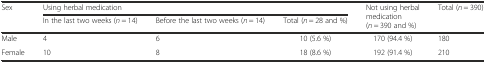
<table><thead><tr><td rowspan="2"><b>Sex</b></td><td colspan="3"><b>Using herbal medication</b></td><td rowspan="2"><b>Not using herbal medication (<i>n</i> = 390 and %)</b></td><td rowspan="2"><b>Total (<i>n</i> = 390)</b></td></tr><tr><td><b>In the last two weeks (<i>n</i> = 14)</b></td><td><b>Before the last two weeks (<i>n</i> = 14)</b></td><td><b>Total (<i>n</i> = 28 and %)</b></td></tr></thead><tbody><tr><td>Male</td><td>4</td><td>6</td><td>10 (5.6 %)</td><td>170 (94.4 %)</td><td>180</td></tr><tr><td>Female</td><td>10</td><td>8</td><td>18 (8.6 %)</td><td>192 (91.4 %)</td><td>210</td></tr></tbody></table>